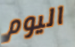
اليوم